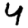
Digit: 4